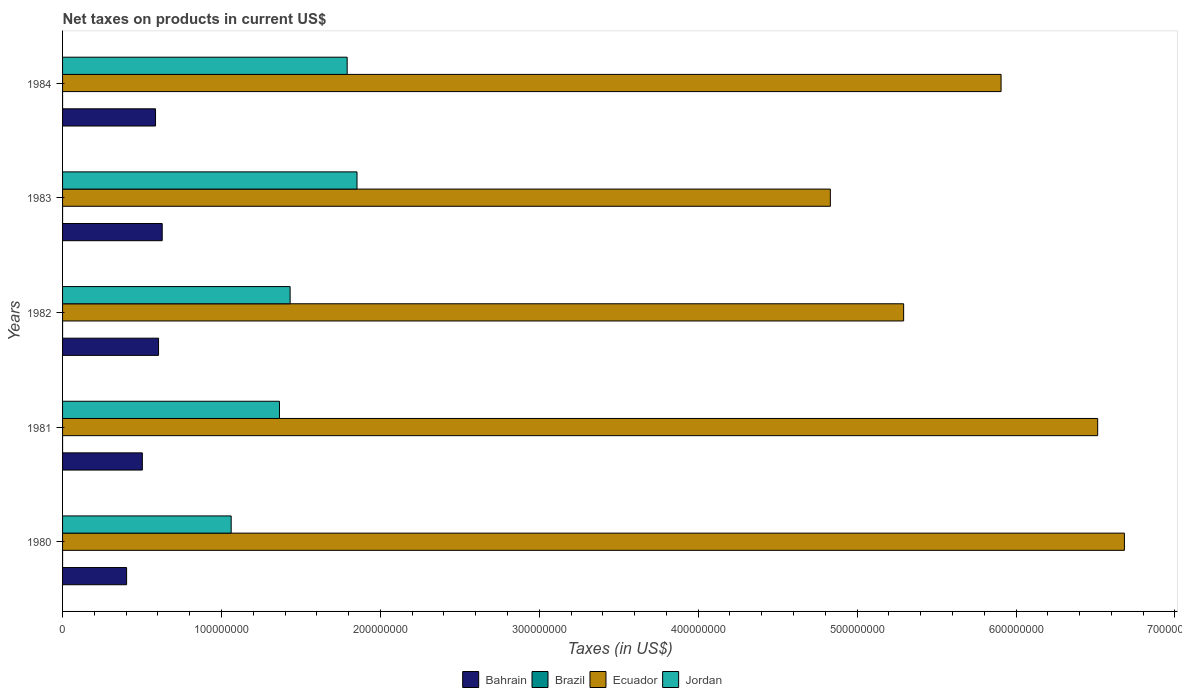
| Years | Bahrain | Brazil | Ecuador | Jordan |
 | --- | --- | --- | --- | --- |
 | 1980 | 4.03e+07 | 0.435 | 6.68e+08 | 1.06e+08 |
 | 1981 | 5.02e+07 | 0.913 | 6.51e+08 | 1.36e+08 |
 | 1982 | 6.04e+07 | 1.85 | 5.29e+08 | 1.43e+08 |
 | 1983 | 6.27e+07 | 4.33 | 4.83e+08 | 1.85e+08 |
 | 1984 | 5.85e+07 | 12.4 | 5.91e+08 | 1.79e+08 |